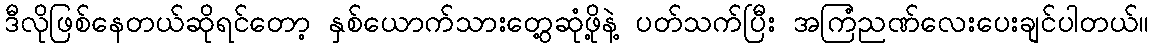
ဒီလိုဖြစ်နေတယ်ဆိုရင်တော့ နှစ်ယောက်သားတွေ့ဆုံဖို့နဲ့ ပတ်သက်ပြီး အကြံညဏ်လေးပေးချင်ပါတယ်။